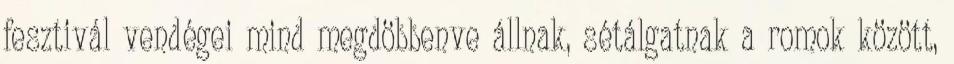
fesztivál vendégei mind megdöbbenve állnak, sétálgatnak a romok között,